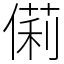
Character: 𠍆